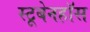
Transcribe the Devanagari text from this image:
स्टूबेनहॉस